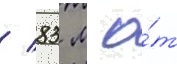
/ 83 м о́т